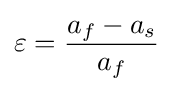
\varepsilon ={\frac {a_{f}-a_{s}}{a_{f}}}